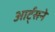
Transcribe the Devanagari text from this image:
आर्ट्‌सने